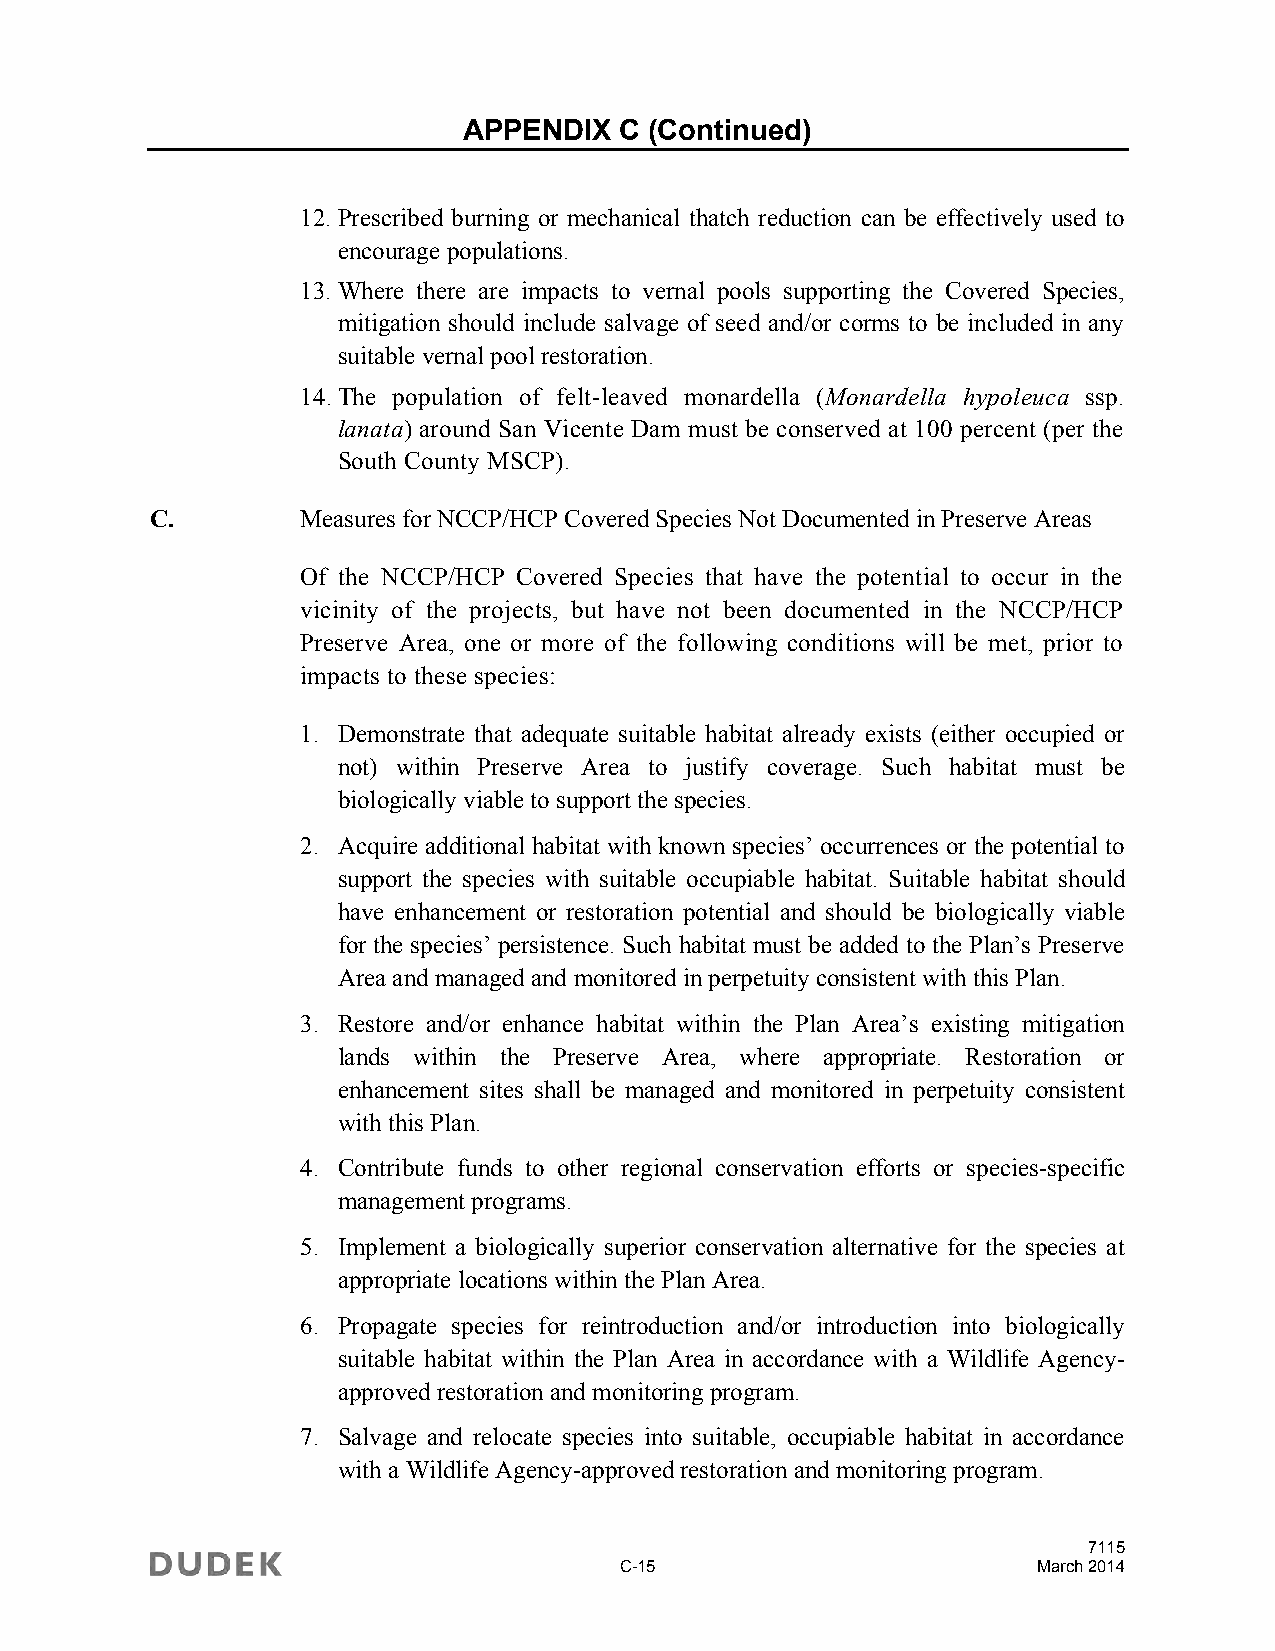
APPENDIX  C (Continued)
 12. Prescribed burning or mechanical thatch reduction can be effectively used to
 encourage populations.
 13. Where there are impacts to vernal pools supporting the Covered Species,
 mitigation should include salvage of seed and/or corms to be included in any
 suitable vernal pool restoration.
 14. The population of felt-leaved monardella (Monardella hypoleuca ssp.
 lanata) around San Vicente Dam must be conserved at 100 percent (per the
 South County MSCP).
 C.        Measures for NCCP/HCP Covered Species Not Documented in Preserve Areas
 Of the NCCP/HCP Covered Species that have the potential to occur in the
 vicinity of the projects, but have not been documented in the NCCP/HCP
 Preserve Area, one or more of the following conditions will be met, prior to
 impacts to these species:
 1. Demonstrate that adequate suitable habitat already exists (either occupied or
 not) within Preserve Area to justify coverage. Such habitat must be
 biologically viable to support the species.
 2. Acquire additional habitat with known species’ occurrences or the potential to
 support the species with suitable occupiable habitat. Suitable habitat should
 have enhancement or restoration potential and should be biologically viable
 for the species’ persistence. Such habitat must be added to the Plan’s Preserve
 Area and managed and monitored in perpetuity consistent with this Plan.
 3. Restore and/or enhance habitat within the Plan Area’s existing mitigation
 lands within the Preserve Area, where appropriate. Restoration or
 enhancement sites shall be managed and monitored in perpetuity consistent
 with this Plan.
 4. Contribute funds to other regional conservation efforts or species-specific
 management programs.
 5. Implement a biologically superior conservation alternative for the species at
 appropriate locations within the Plan Area.
 6. Propagate species for reintroduction and/or introduction into biologically
 suitable habitat within the Plan Area in accordance with a Wildlife Agency-
 approved restoration and monitoring program.
 7. Salvage and relocate species into suitable, occupiable habitat in accordance
 with a Wildlife Agency-approved restoration and monitoring program.
 7115
 C-15                        March 2014